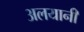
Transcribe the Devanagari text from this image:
अलयानी